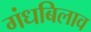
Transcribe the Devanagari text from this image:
गंधबिलाव